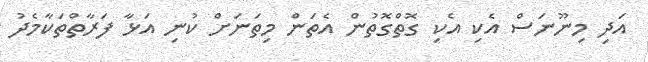
އަދި މިނޫނަސް އެކި އެކި ގޮތްގޮތުން އެތަން މިތަނަށް ކުނި އަޅާ ފަރާތްތަކާމެދު